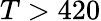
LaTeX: T>420